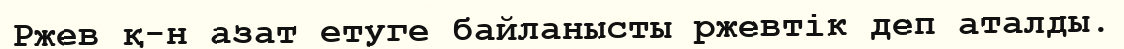
Ржев қ-н азат етуге байланысты ржевтік деп аталды.